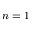
n = 1